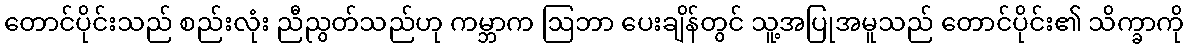
တောင်ပိုင်းသည် စည်းလုံး ညီညွတ်သည်ဟု ကမ္ဘာက ဩဘာ ပေးချိန်တွင် သူ့အပြုအမူသည် တောင်ပိုင်း၏ သိက္ခာကို